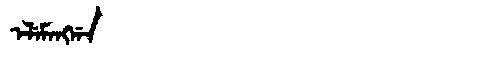
Manchu: ᡝᠯᡝᠮᠠᠩᡤᠠ
Romanization: ELEMANGGA